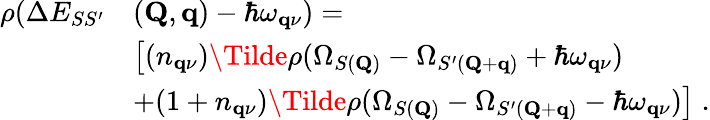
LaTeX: \begin{array}{rl}{\rho(\Delta E_{SS^{\prime}}}&{(\mathbf{Q},\mathbf{q})-\hbar\omega_{\mathbf{q}\nu})=}\\ &{\big[(n_{\mathbf{q}\nu})\Tilde{\rho}(\Omega_{S(\mathbf{Q})}-\Omega_{S^{\prime}(\mathbf{Q}+\mathbf{q})}+\hbar\omega_{\mathbf{q}\nu})}\\ &{+(1+n_{\mathbf{q}\nu})\Tilde{\rho}(\Omega_{S(\mathbf{Q})}-\Omega_{S^{\prime}(\mathbf{Q}+\mathbf{q})}-\hbar\omega_{\mathbf{q}\nu})\big]\; .}\end{array}